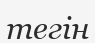
тегін